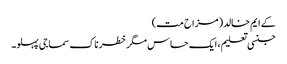
کے ایم خالد(مزاح مت)
جنسی تعلیم ، ایک حساس مگر خطرناک سماجی پہلو۔